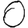
Digit: 0